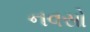
નવસો